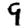
Digit: 9